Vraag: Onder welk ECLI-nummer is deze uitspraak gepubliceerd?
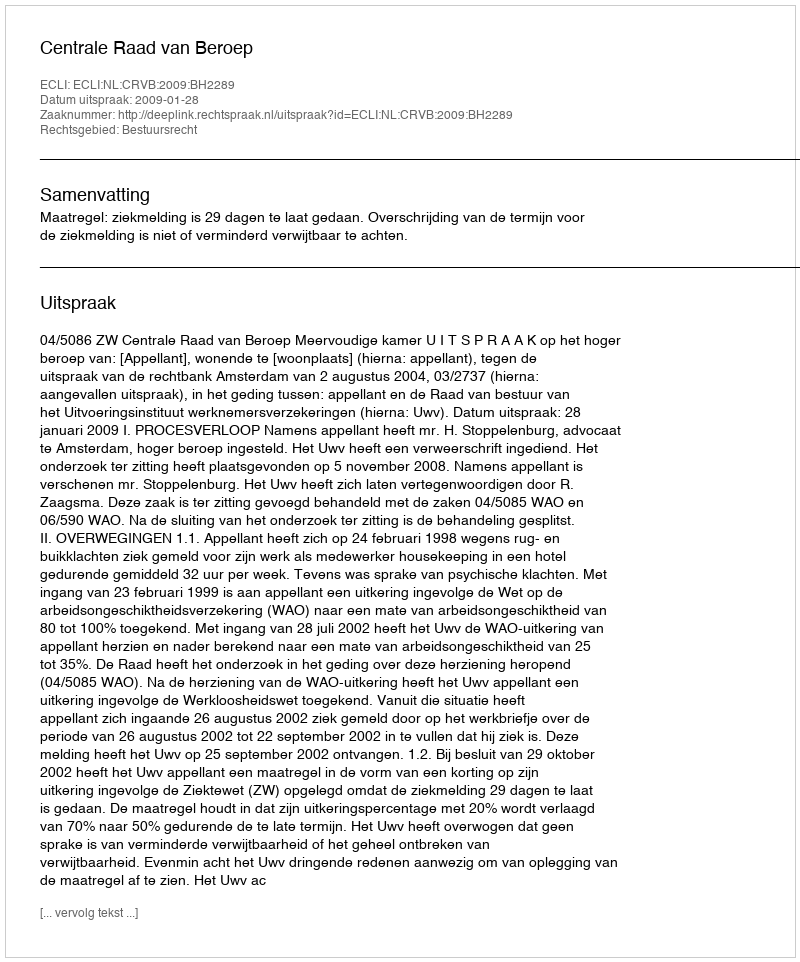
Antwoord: ECLI:NL:CRVB:2009:BH2289